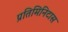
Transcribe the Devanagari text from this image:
प्रतिमिनिटास